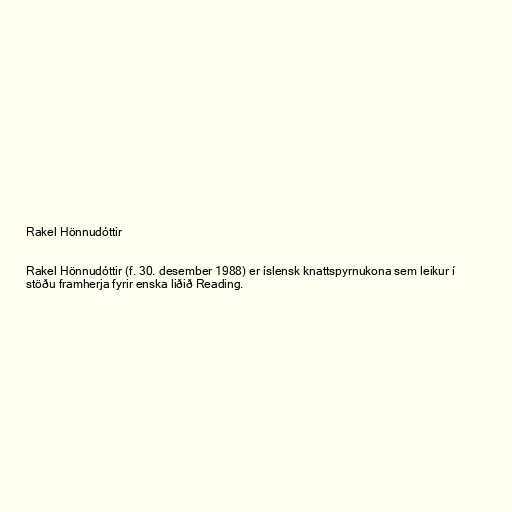
Rakel Hönnudóttir

Rakel Hönnudóttir (f. 30. desember 1988) er íslensk knattspyrnukona sem leikur í
stöðu framherja fyrir enska liðið Reading.